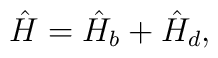
\hat{H}=\hat{H}_b+\hat{H}_d,